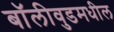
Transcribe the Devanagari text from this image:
बॉलीवुडमधील